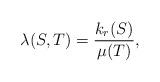
LaTeX: \begin{align*}\lambda(S,T) = \frac{k_{r}(S)}{\mu(T)},\end{align*}